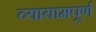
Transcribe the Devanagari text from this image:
व्यायामपूर्ण